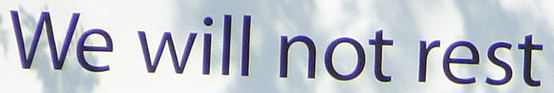
We will not rest